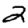
Digit: 2